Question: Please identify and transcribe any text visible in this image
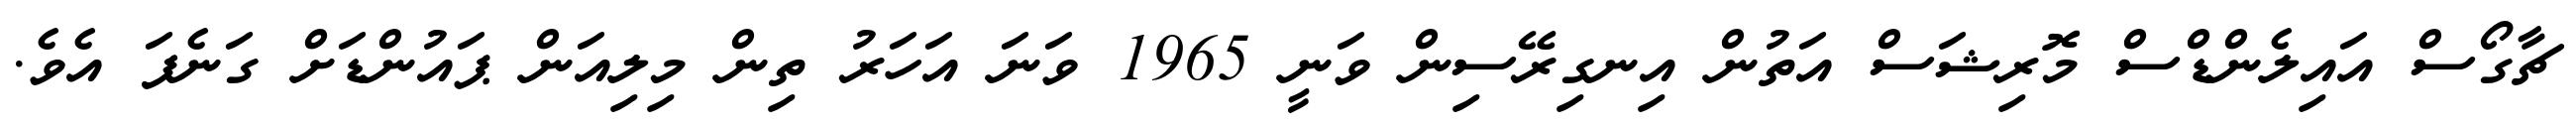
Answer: ޗާގޯސް އައިލެންޑްސް މޮރިޝަސް އަތުން އިނގިރޭސިން ވަނީ 1965 ވަނަ އަހަރު ތިން މިލިއަން ޕައުންޑަށް ގަނެފަ އެވެ.